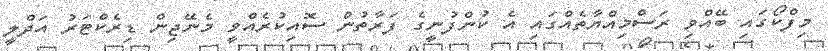
މިފްކޯގައި ބޭއްވި ރަސްމިއްޔާތެއްގައި އެ ކުންފުނީގެ ފަރާތުން ސޮއިކުރެއްވީ މެނޭޖިން ޑިރެކްޓަރު އަދްލީ